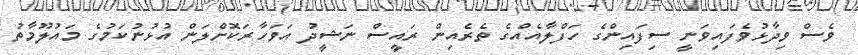
ވެސް ވިދާޅުވެފައިވަނީ ސިފައިންގެ ހަފްލާއެއްގެ ތެރެއިން ރައީސް ނަޝީދު އަވަހާރަކޮށްލަން އުޅުނުކަމުގެ މައުލޫމާތު